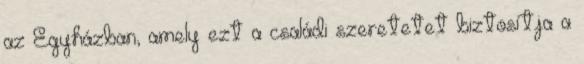
az Egyházban, amely ezt a családi szeretetet biztosítja a